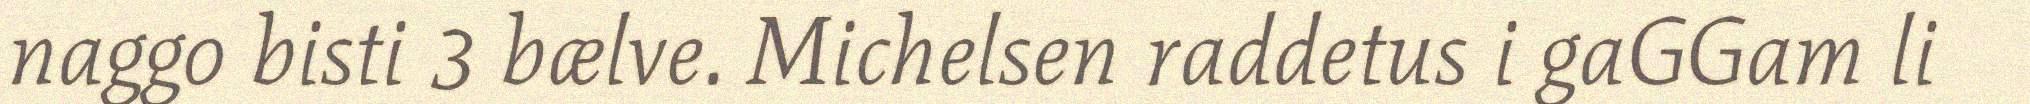
naggo bisti 3 bælve. Michelsen raddetus i gaGGam li